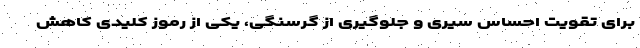
برای تقویت احساس سیری و جلوگیری از گرسنگی، یکی از رموز کلیدی کاهش